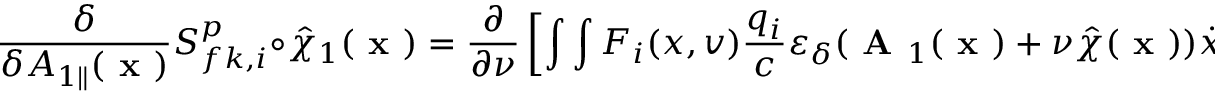
\frac { \delta } { \delta A _ { 1 \parallel } ( \textbf { x } ) } { \cal S } _ { f k , i } ^ { p } \circ \hat { \chi } _ { 1 } ( \textbf { x } ) = \frac { \partial } { \partial \nu } \left[ \int \int F _ { i } ( x , v ) \frac { q _ { i } } { c } \varepsilon _ { \delta } ( \textbf { A } _ { 1 } ( \textbf { x } ) + \nu \hat { \chi } ( \textbf { x } ) ) \dot { x } d t d \Omega \right]